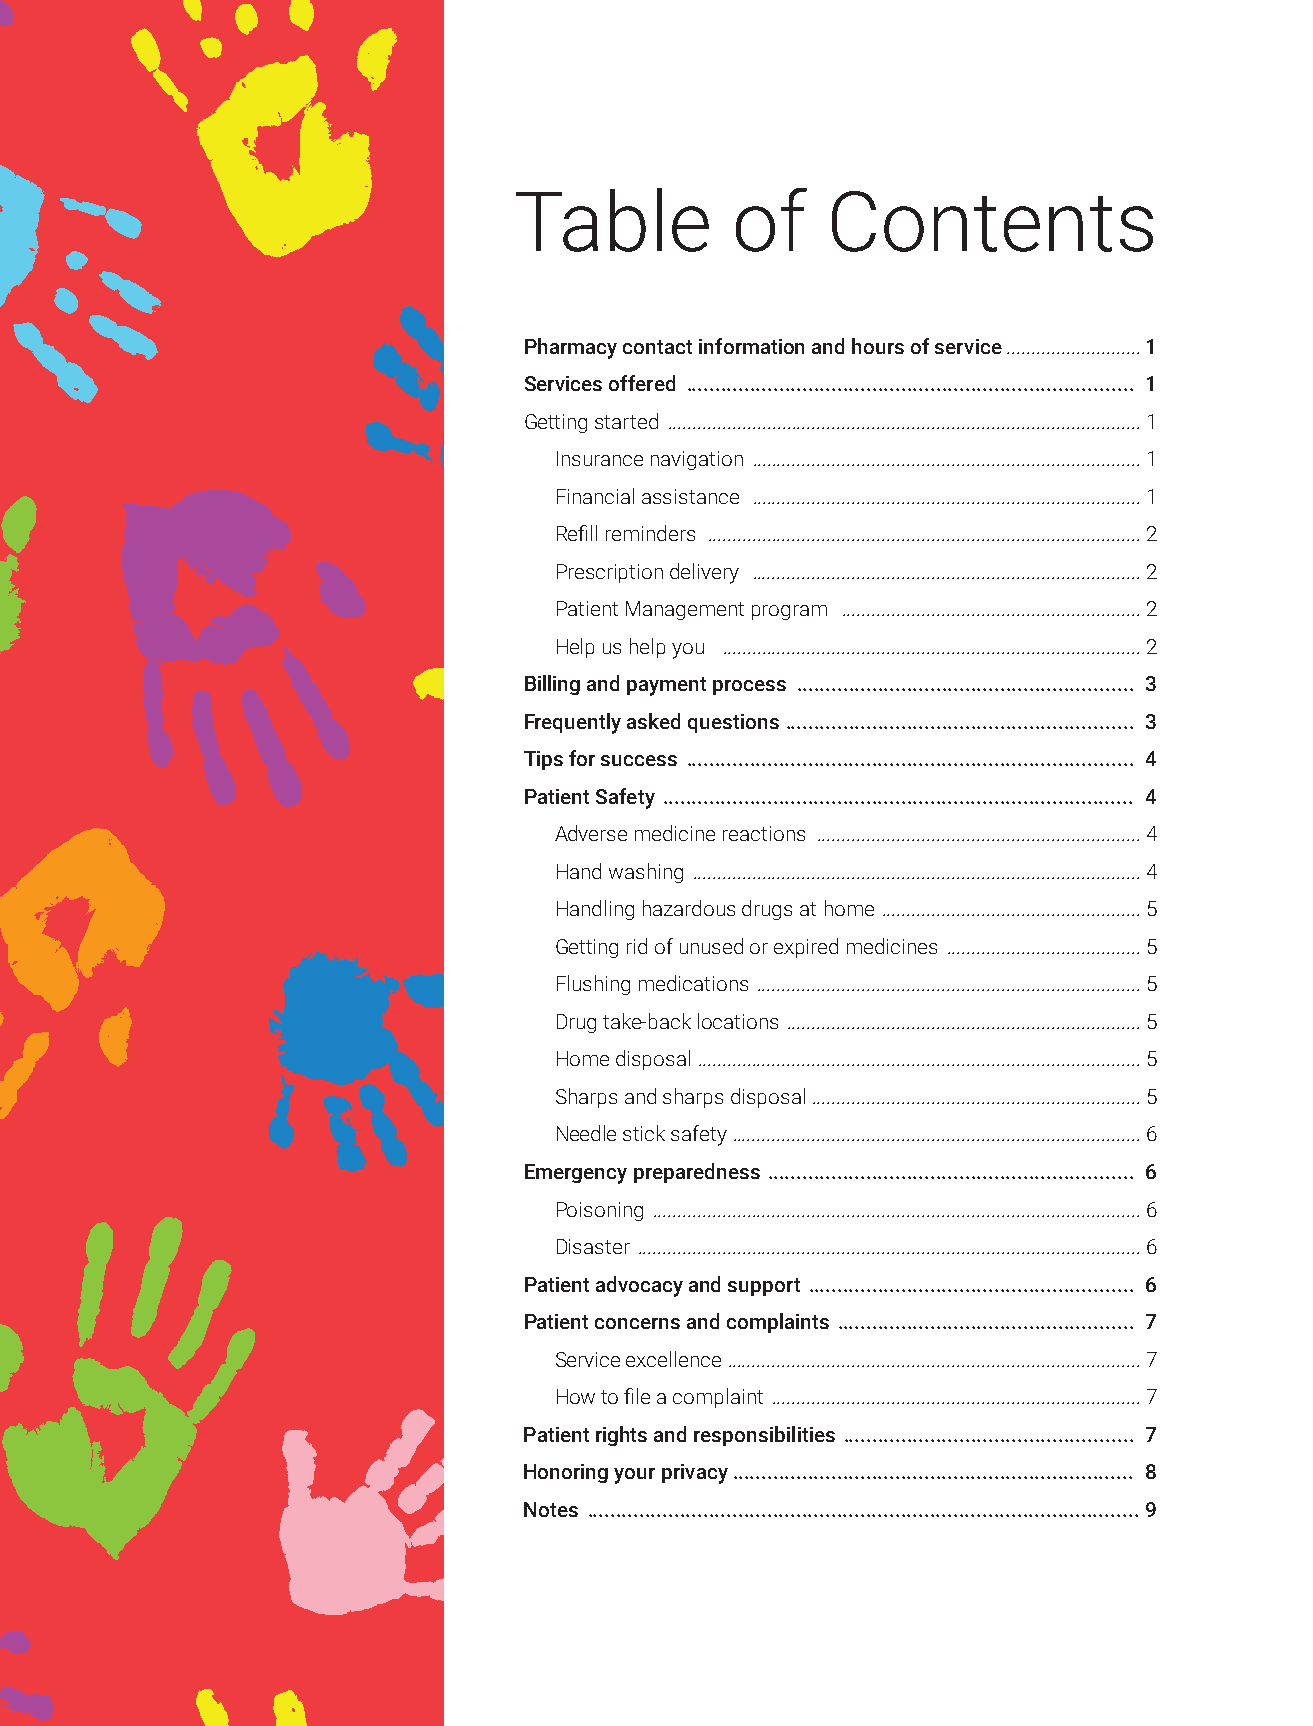
Table         of     Contents
 Pharmacy contact information and hours of service ...........................1
 Services offered ............................................................................. 1
 Getting started ............................................................................................... 1
 Insurance navigation .............................................................................. 1
 Financial assistance .............................................................................. 1
 Refill reminders ....................................................................................... 2
 Prescription delivery .............................................................................. 2
 Patient Management program ............................................................ 2
 Help us help you .................................................................................... 2
 Billing and payment process .......................................................... 3
 Frequently asked questions ............................................................ 3
 Tips for success ............................................................................. 4
 Patient Safety ................................................................................. 4
 Adverse medicine reactions ................................................................. 4
 Hand washing .......................................................................................... 4
 Handling hazardous drugs at home .................................................... 5
 Getting rid of unused or expired medicines ....................................... 5
 Flushing medications ............................................................................. 5
 Drug take-back locations ....................................................................... 5
 Home disposal ......................................................................................... 5
 Sharps and sharps disposal .................................................................. 5
 Needle stick safety .................................................................................. 6
 Emergency preparedness ............................................................... 6
 Poisoning .................................................................................................. 6
 Disaster ..................................................................................................... 6
 Patient advocacy and support ........................................................ 6
 Patient concerns and complaints ................................................... 7
 Service excellence ................................................................................... 7
 How to file a complaint .......................................................................... 7
 Patient rights and responsibilities .................................................. 7
 Honoring your privacy ..................................................................... 8
 Notes ...............................................................................................9